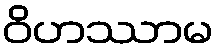
ဝိဟဿာမ